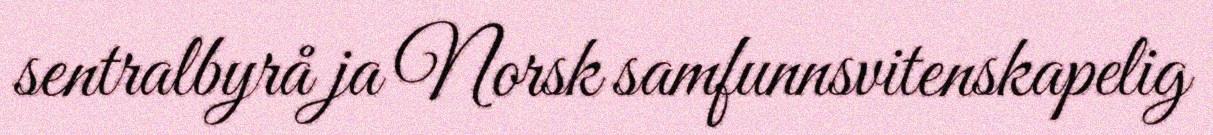
sentralbyrå ja Norsk samfunnsvitenskapelig